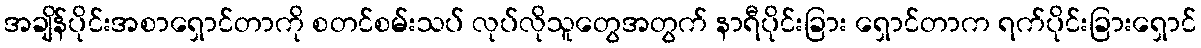
အချိန်ပိုင်းအစာရှောင်တာကို စတင်စမ်းသပ် လုပ်လိုသူတွေအတွက် နာရီပိုင်းခြား ရှောင်တာက ရက်ပိုင်းခြားရှောင်